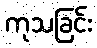
ကုသခြင်း